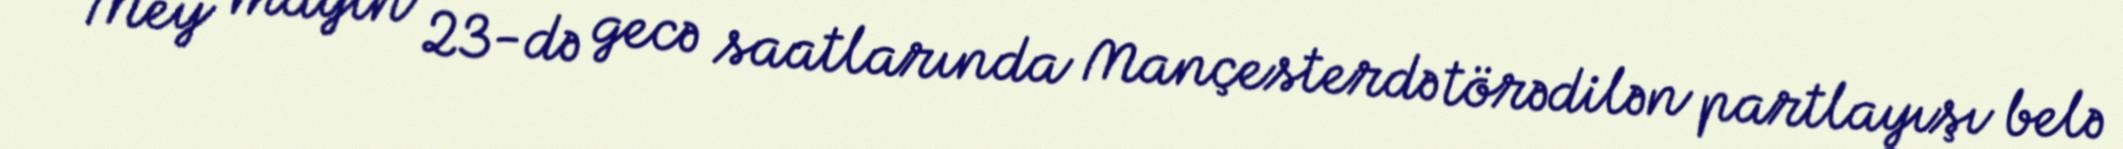
Mey mayın 23-də gecə saatlarında Mançesterdə törədilən partlayışı belə